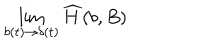
\lim _ { b ( t ) \to \delta ( t ) } { \widehat H } ( b , B )